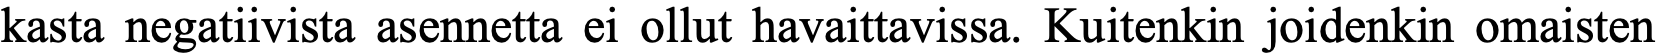
kasta negatiivista asennetta ei ollut havaittavissa. Kuitenkin joidenkin omaisten